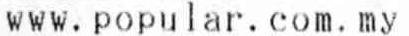
WWW.POPULAR.COM.MY